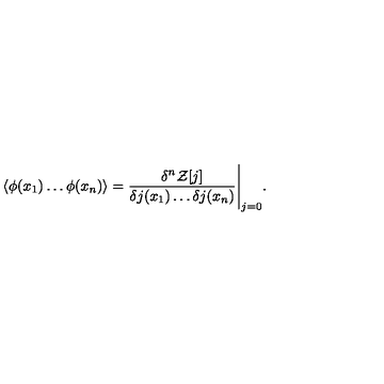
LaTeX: \langle \phi ( x _ { 1 } ) \dots \phi ( x _ { n } ) \rangle = \frac { \delta ^ { n } { \cal Z } [ j ] } { \delta j ( x _ { 1 } ) \dots \delta j ( x _ { n } ) } \Bigg | _ { j = 0 } .